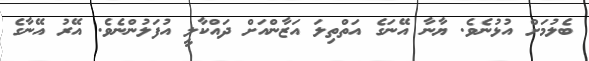
ބެލުމަށް އުޅުނެވެ. ޔާނާ އޭނަގެ އަތްތިލަ އަޒާންއަށް ދައްކާލީ އުފަލުންނެވެ. އޭރު އޭނާގެ